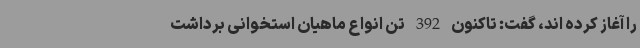
را آغاز کرده اند، گفت: تاکنون 392 تن انواع ماهیان استخوانی برداشت